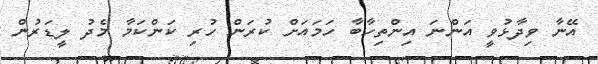
އޭނާ ވިދާޅުވީ އަންނަ އިންތިހާބާ ހަމައަށް ކުރަން ހުރި ކަންކަމާ މެދު ލީޑަރުން